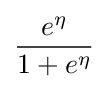
{\frac {e^{\eta }}{1+e^{\eta }}}